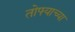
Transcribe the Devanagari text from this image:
तोफ्याच्या